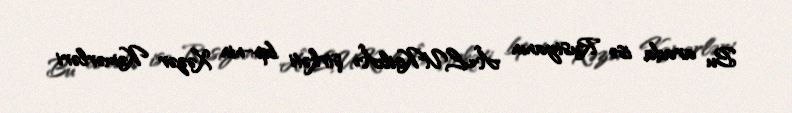
Bu arada isə Rusiyanın Â«LUKoilÂ» şirkəti bp-nin Xəzər Kəmərləri